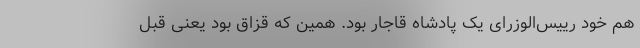
هم خود رییس‌الوزرای یک پادشاه قاجار بود. همین که قزاق بود یعنی قبل